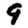
Digit: 9